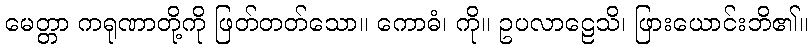
မေတ္တာ ကရုဏာတို့ကို ဖြတ်တတ်သော။ ကောဓံ၊ ကို။ ဥပလာဠေသိ၊ ဖြားယောင်းဘိ၏။